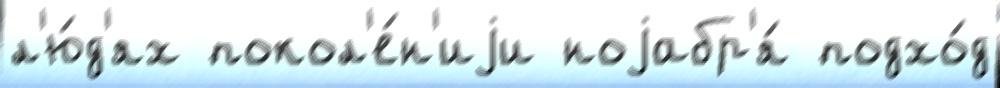
л'ю́д'ях покол'е́н'иjи ноjабр'я́ подхо́д